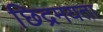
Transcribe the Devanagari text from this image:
छिद्रमयता